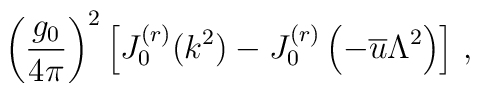
\left(\frac{g_{0}}{4 \pi} \right)^{2} \left[ J^{(r)}_{0} (k^{2}) -J^{(r)}_{0} \left( -\overline{u} \Lambda^{2} \right) \right] \, ,